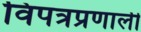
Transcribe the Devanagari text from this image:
विपत्रप्रणाली